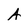
Character: A